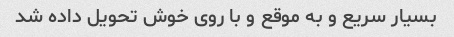
بسیار سریع و به موقع و با روی خوش تحویل داده شد